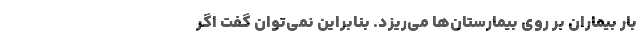
بار بیماران بر روی بیمارستان‌ها می‌ریزد. بنابراین نمی‌توان گفت اگر